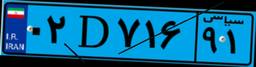
۰۹D۸۴۹۹۵